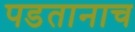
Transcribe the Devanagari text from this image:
पडतानाच